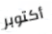
أكتوبر